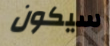
سيكون